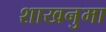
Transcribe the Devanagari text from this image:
शाखनुमा